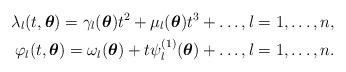
LaTeX: \begin{align*}\lambda_l (t, \boldsymbol{\theta}) = \gamma_l (\boldsymbol{\theta}) t^2 + \mu_l (\boldsymbol{\theta}) t^3 + \ldots, l = 1, \ldots, n,\\\varphi_l (t, \boldsymbol{\theta}) = \omega_l (\boldsymbol{\theta}) + t \psi^{(1)}_l (\boldsymbol{\theta}) + \ldots, l = 1, \ldots, n.\end{align*}